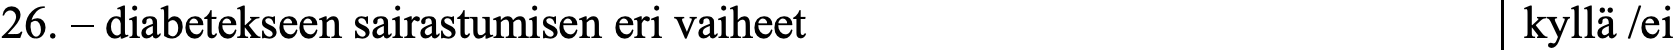
26. – diabetekseen sairastumisen eri vaiheet      kyllä /ei